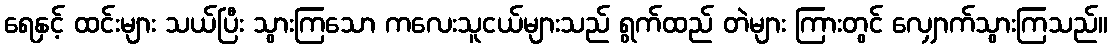
ရေနှင့် ထင်းများ သယ်ပြီး သွားကြသော ကလေးသူငယ်များသည် ရွက်ထည် တဲများ ကြားတွင် လျှောက်သွားကြသည်။